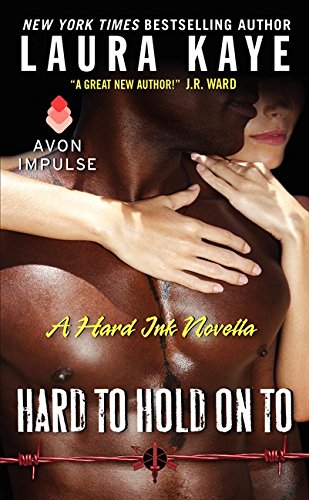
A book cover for Hard to Hold On To: A Hard Ink Novella; Laura Kaye; Romance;